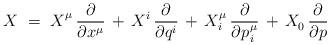
LaTeX: \begin{align*} X~=~X_{\vphantom{i}}^\mu \, \frac{\partial}{\partial x^\mu} \, + \, X^i \, \frac{\partial}{\partial q^i} \, + \, X_i^\mu \, \frac{\partial}{\partial p\>\!_i^\mu} \, + \, X_0^{} \, \frac{\partial}{\partial p}\end{align*}